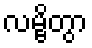
လမ္ဗိတွာ